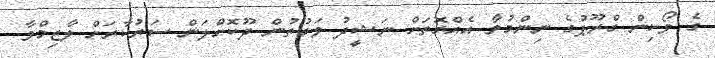
ގެ ވޯކިން ގްރޫޕުގެ ނިންމުމާ އެއްގޮތަށް ނަޝީދު ވަގުތުން ދޫކޮށްލަން ސަރުކާރަށް ލާޒިމްވާ